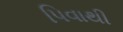
પિવાથી